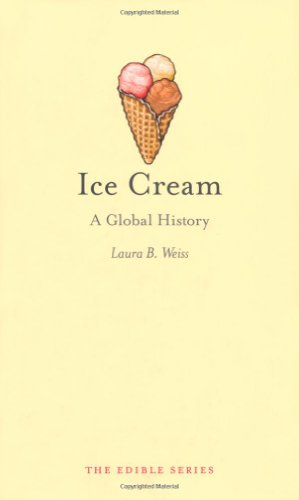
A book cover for Ice Cream: A Global History (Reaktion Books - Edible); Laura B. Weiss; Cookbooks, Food & Wine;